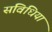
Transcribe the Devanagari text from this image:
संविधियां